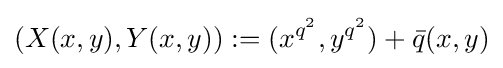
(X(x,y),Y(x,y)):=(x^{q^{2}},y^{q^{2}})+{\bar {q}}(x,y)